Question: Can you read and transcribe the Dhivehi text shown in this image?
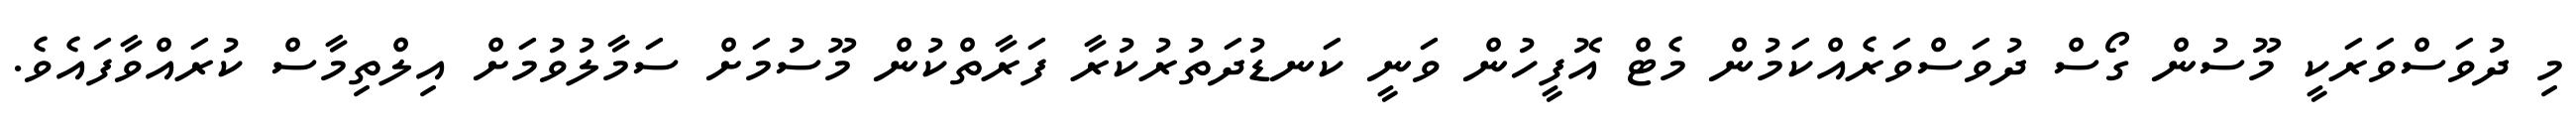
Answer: މި ދުވަސްވަރަކީ މޫސުން ގޯސް ދުވަސްވަރެއްކަމުން މެޓް އޮފީހުން ވަނީ ކަނޑުދަތުރުކުރާ ފަރާތްކުން މޫސުމަށް ސަމާލުވުމަށް އިލްތިމާސް ކުރައްވާފައެވެ.